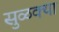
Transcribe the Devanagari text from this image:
सुळक्या